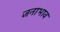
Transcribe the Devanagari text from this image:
जनाभाव